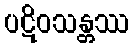
ပဋိဝသန္တဿ